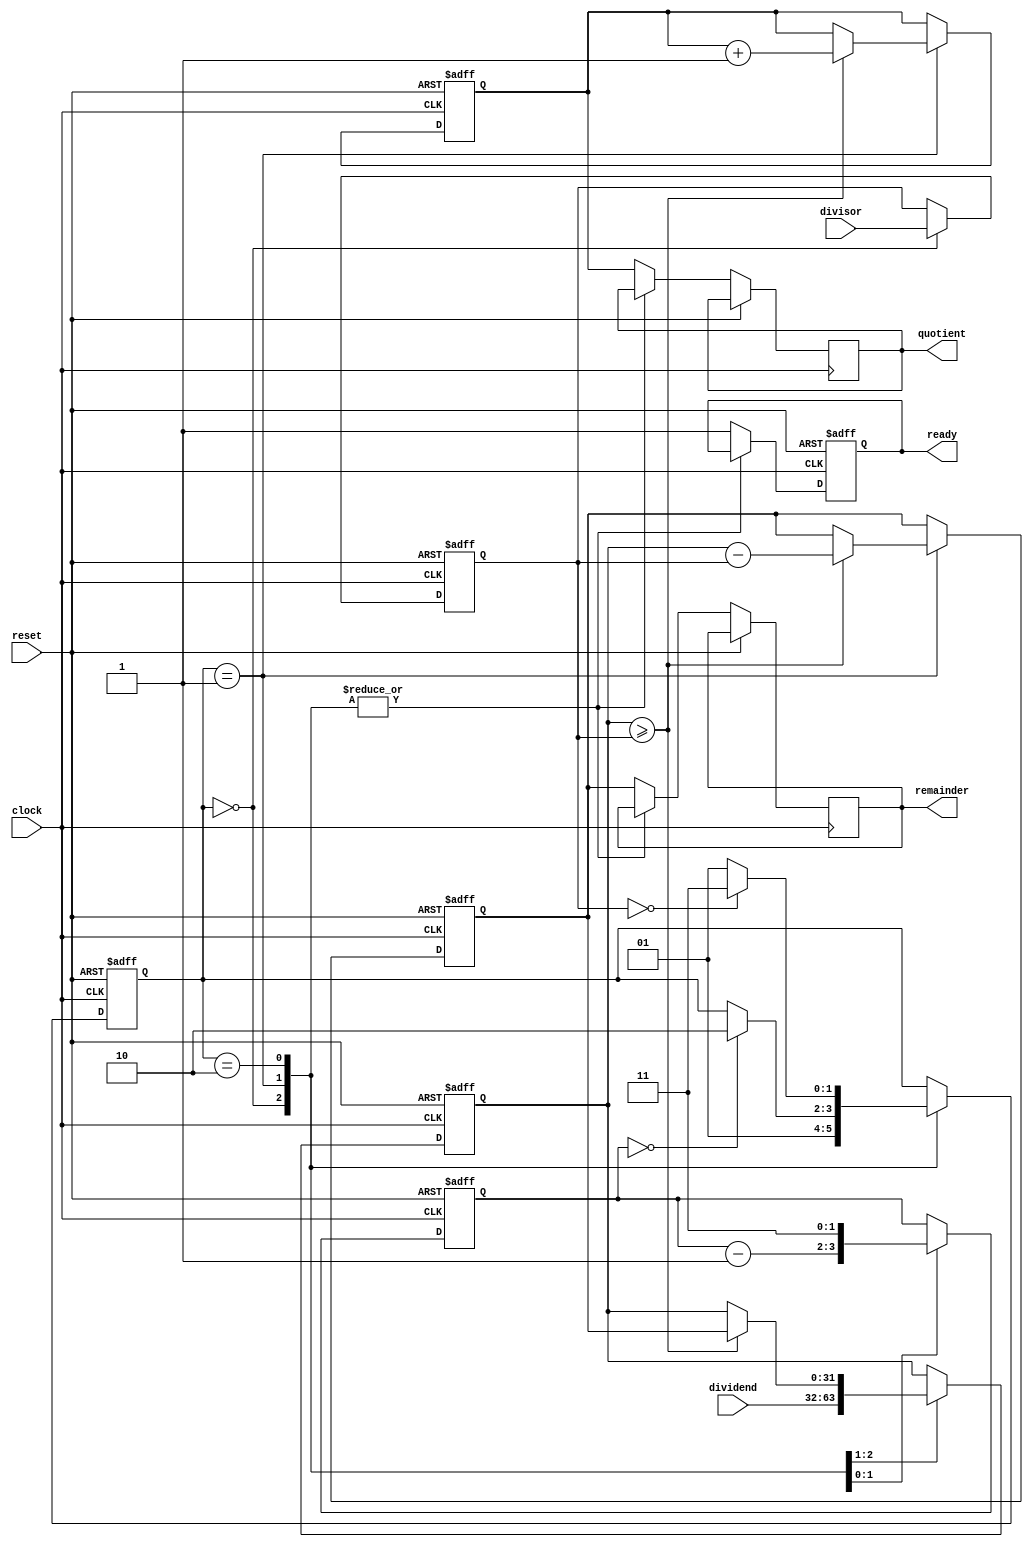
module srt_divider (
    input wire clock,
    input wire reset,
    input wire [31:0] dividend,
    input wire [31:0] divisor,
    output reg [31:0] quotient,
    output reg [31:0] remainder,
    output reg ready
);

reg [31:0] dividend_reg;
reg [31:0] divisor_reg;
reg [31:0] quotient_reg;
reg [31:0] remainder_reg;
reg [1:0] state;
reg [1:0] count;

always @(posedge clock or posedge reset) begin
    if (reset) begin
        state <= 2'b00;
        count <= 2'b11;
        ready <= 0;
        quotient_reg <= 0;
        remainder_reg <= 0;
        dividend_reg <= 0;
        divisor_reg <= 0;
    end else begin
        case (state)
            2'b00: begin
                dividend_reg <= dividend;
                divisor_reg <= divisor;
                state <= 2'b01;
            end
            2'b01: begin
                if (dividend_reg >= divisor_reg) begin
                    quotient_reg <= quotient_reg + 1;
                    remainder_reg <= dividend_reg - divisor_reg;
                    dividend_reg <= remainder_reg;
                end
                count <= count - 1;
                if (count == 0) begin
                    state <= 2'b10;
                end
            end
            2'b10: begin
                count <= 2'b11;
                if (divisor_reg == 0) begin
                    state <= 2'b11;
                end else begin
                    state <= 2'b01;
                end
            end
            default: begin
                ready <= 1;
                quotient <= quotient_reg;
                remainder <= remainder_reg;
            end
        endcase
    end
end

endmodule